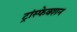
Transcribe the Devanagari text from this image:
ट्रांस्फेक्शन